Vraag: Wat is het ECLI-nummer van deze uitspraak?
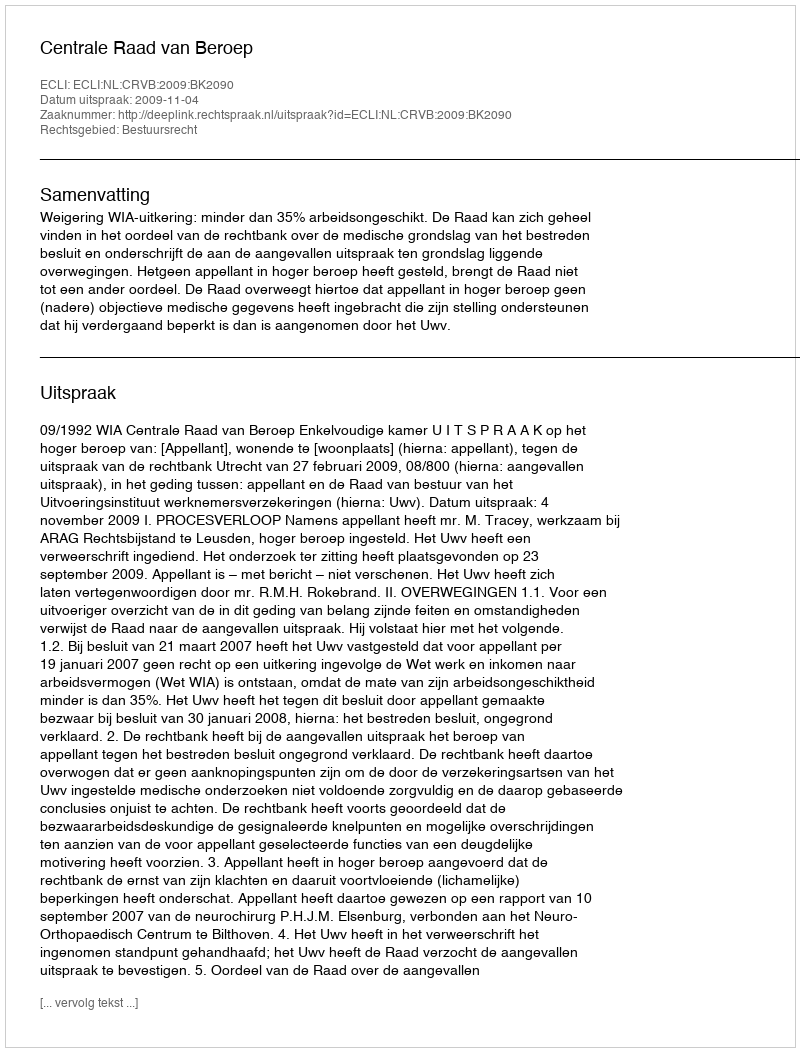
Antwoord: ECLI:NL:CRVB:2009:BK2090